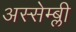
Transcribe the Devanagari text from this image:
अस्सेम्ब्ली